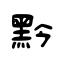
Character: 黔